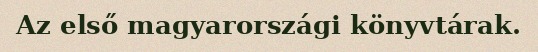
Az első magyarországi könyvtárak.